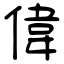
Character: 偉